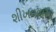
શીખવવામા